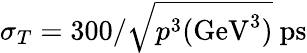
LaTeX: \sigma_{T}=300/\sqrt{p^{3}\mathrm{(GeV^{3})}}~\mathrm{{ps}}